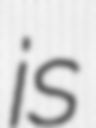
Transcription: is